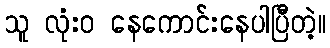
သူ လုံးဝ နေကောင်းနေပါပြီတဲ့။